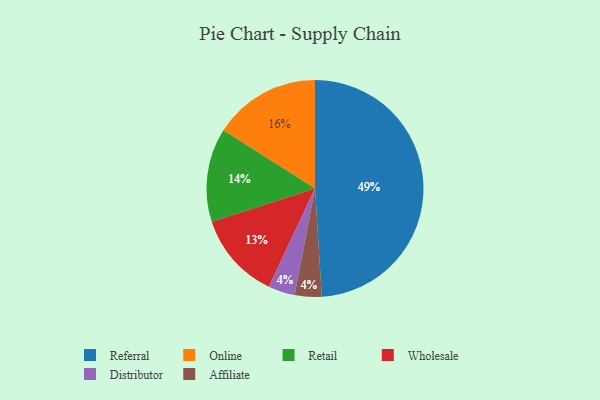
{"axis": {"x": "Category", "y": "Percentage"}, "legend": ["Affiliate", "Distributor", "Online", "Referral", "Retail", "Wholesale"], "data": [{"x": "Retail", "y": 14, "type": "Retail"}, {"x": "Referral", "y": 49, "type": "Referral"}, {"x": "Distributor", "y": 4, "type": "Distributor"}, {"x": "Online", "y": 16, "type": "Online"}, {"x": "Wholesale", "y": 13, "type": "Wholesale"}, {"x": "Affiliate", "y": 4, "type": "Affiliate"}]}